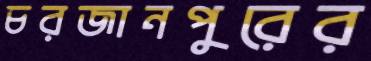
চরজানপুরের